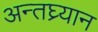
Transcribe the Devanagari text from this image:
अन्तघ्र्यान